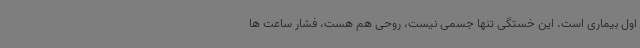
اول بیماری است. این خستگی تنها جسمی نیست، روحی هم هست، فشار ساعت ها